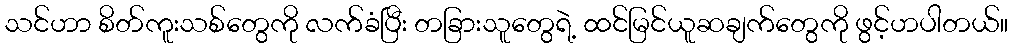
သင်ဟာ စိတ်ကူးသစ်တွေကို လက်ခံပြီး တခြားသူတွေရဲ့ ထင်မြင်ယူဆချက်တွေကို ဖွင့်ဟပါတယ်။